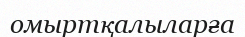
омыртқалыларға